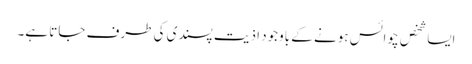
ایسا شخص چوائس ہونے کے باوجود اذیت پسندی کی طرف جاتا ہے۔